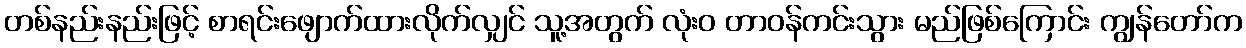
တစ်နည်းနည်းဖြင့် စာရင်းဖျောက်ထားလိုက်လျှင် သူ့အတွက် လုံးဝ တာဝန်ကင်းသွား မည်ဖြစ်ကြောင်း ကျွန်တော်က